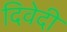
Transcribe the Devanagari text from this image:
दिवेदी